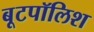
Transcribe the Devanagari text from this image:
बूटपॉलिश